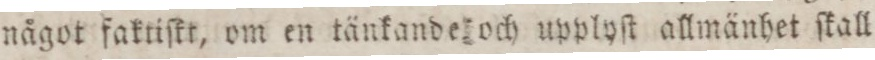
något faktiſkt, om en tänkande och upplyſt allmänhet ſkall